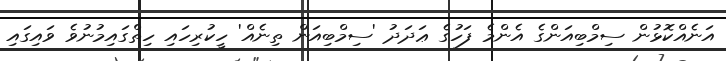
އަނެއްކޮޅުން ސިމްބިއަންގެ އެންމެ ފަހުގެ ޢަދަދު 'ސިމްބިއަން ތިނެއް' ހީކުރިހައި ހިތްގައިމުނުވެ ވައިގައި